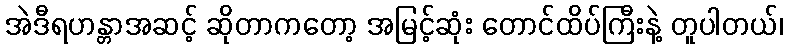
အဲဒီရဟန္တာအဆင့် ဆိုတာကတော့ အမြင့်ဆုံး တောင်ထိပ်ကြီးနဲ့ တူပါတယ်၊